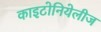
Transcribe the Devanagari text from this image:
काइटोनियेलीज